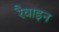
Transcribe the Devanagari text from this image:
रैवाइन